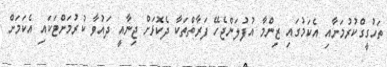
ތަހުގީގްކުރުމަށާއި އެކަމުގައި ޒިންމާ އުފުލަންޖެހޭ ފަރާތްތަކާ ދެކޮޅަށް ޖިނާއީ ދައުވާ ކުރުމަށްޓަކައި އެކަމަށް